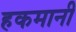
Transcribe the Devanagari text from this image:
हकमानी